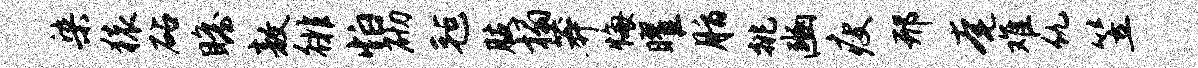
染猿砧瞻敖徘怕砌毡肢榻莽悔曜脂挑豳瘦邢奄难仇笠